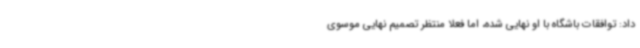
داد: توافقات باشگاه با او نهایی شده، اما فعلا منتظر تصمیم نهایی موسوی